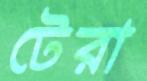
টেরা